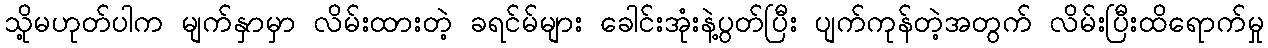
သို့မဟုတ်ပါက မျက်နှာမှာ လိမ်းထားတဲ့ ခရင်မ်များ ခေါင်းအုံးနဲ့ပွတ်ပြီး ပျက်ကုန်တဲ့အတွက် လိမ်းပြီးထိရောက်မှု